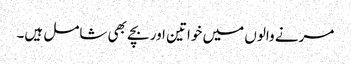
مرنے والوں میں خواتین اور بچے بھی شامل ہیں۔